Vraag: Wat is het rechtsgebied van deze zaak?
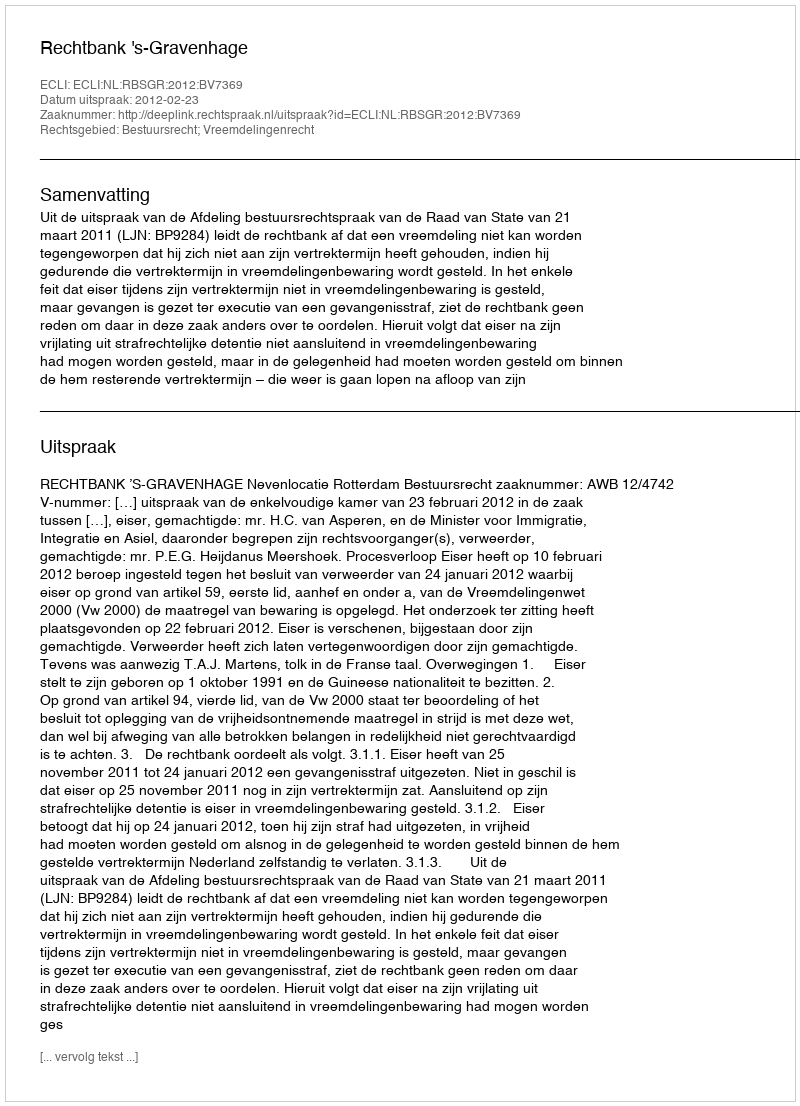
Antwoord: Bestuursrecht; Vreemdelingenrecht